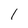
Character: I